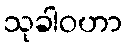
သုခါဝဟာ